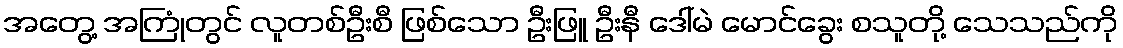
အတွေ့ အကြုံတွင် လူတစ်ဦးစီ ဖြစ်သော ဦးဖြူ ဦးနီ ဒေါ်မဲ မောင်ခွေး စသူတို့ သေသည်ကို